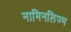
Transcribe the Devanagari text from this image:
नामिनलिज्म